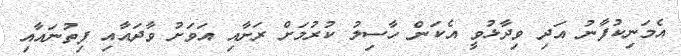
އެމަނިކުފާނު އަދި ވިދާޅުވީ އެކަން ހާސިލު ކުރުމަށް ރަށާއި އަވަށު ވާދައާއި ފިތުނައާއި